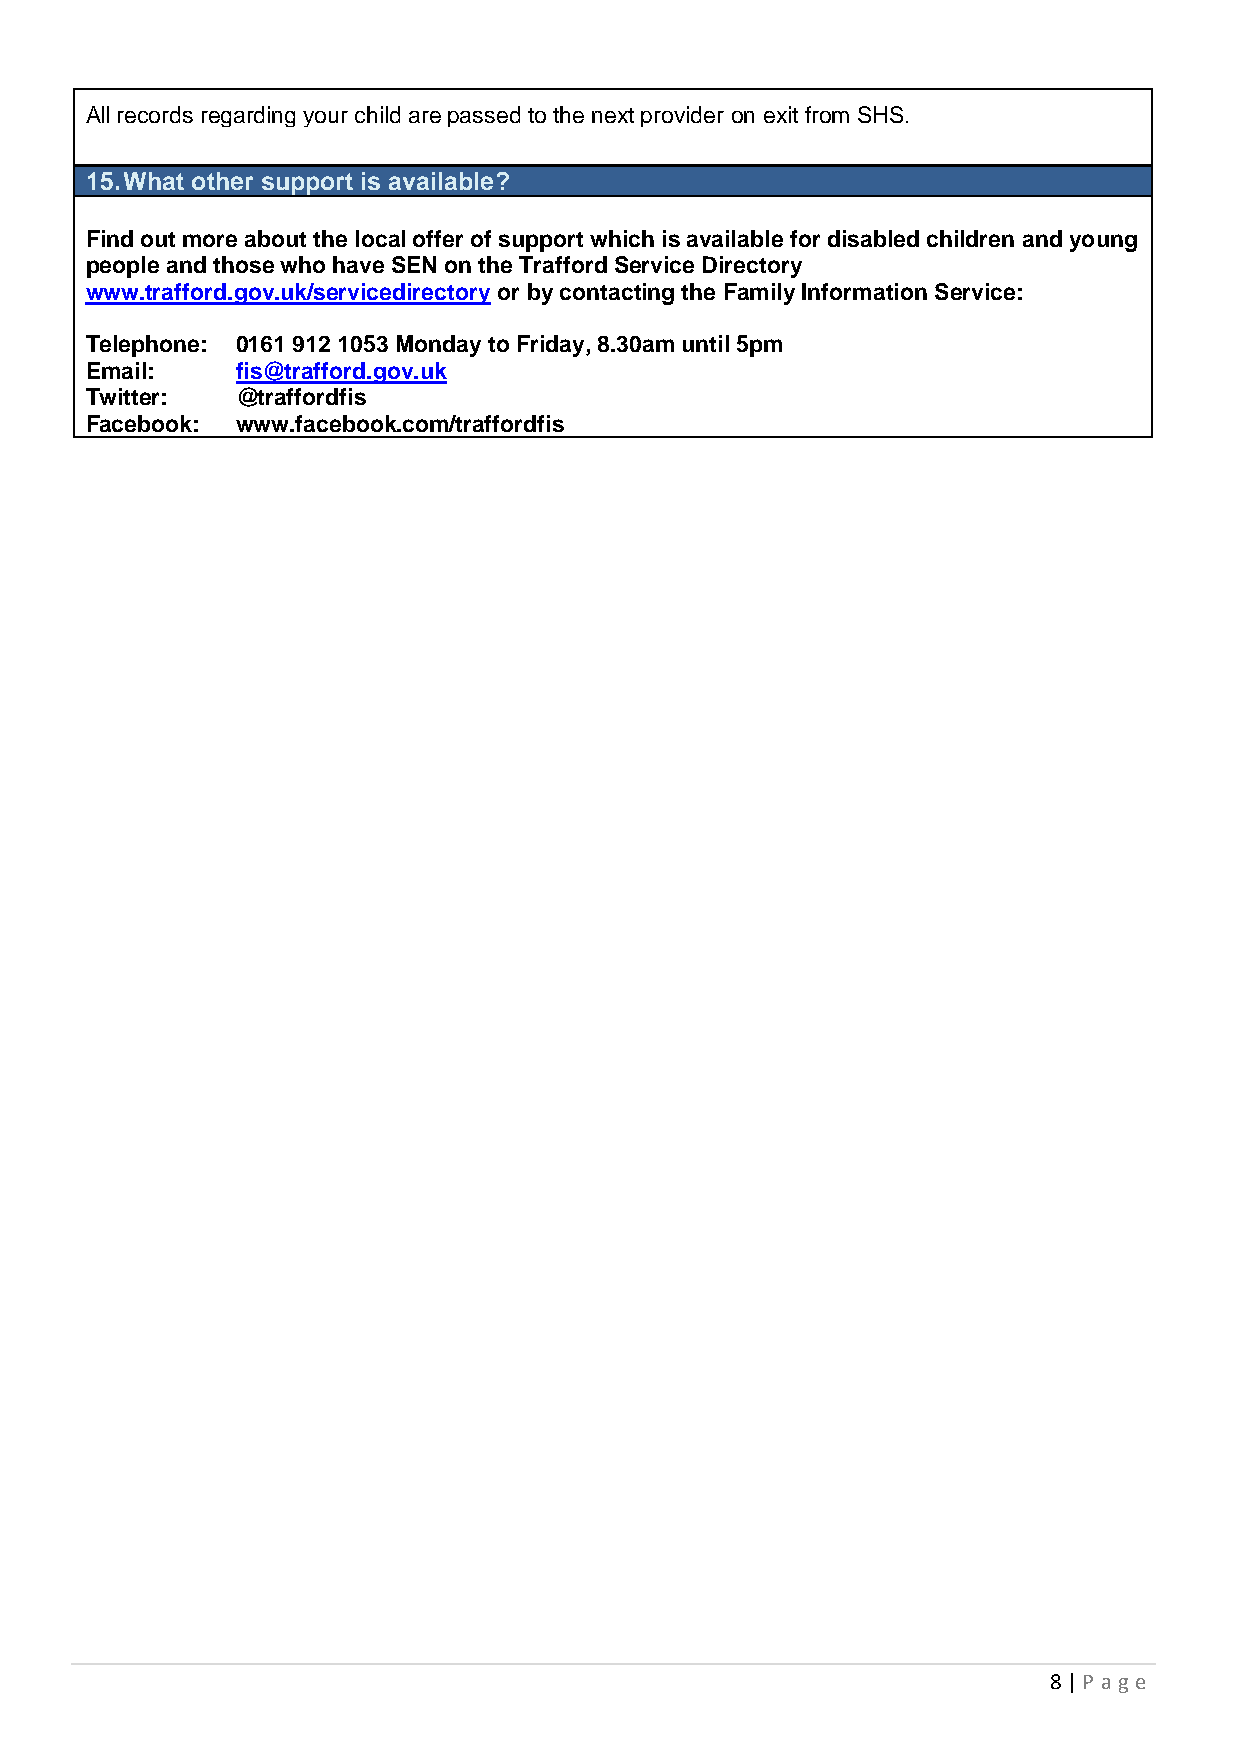
All records regarding your child are passed to the next provider on exit from SHS.
 15. What other support is available?
 Find out more about the local offer of support which is available for disabled children and young
 people and those who have SEN on the Trafford Service Directory
 www.trafford.gov.uk/servicedirectory or by contacting the Family Information Service:
 Telephone: 0161 912 1053 Monday to Friday, 8.30am until 5pm
 Email:    fis@trafford.gov.uk
 Twitter:  @traffordfis
 Facebook: www.facebook.com/traffordfis
 8 | P age